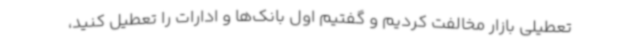
تعطیلی بازار مخالفت کردیم و گفتیم اول بانک‌ها و ادارات را تعطیل کنید،